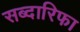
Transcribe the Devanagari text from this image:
सब्दारिफा